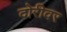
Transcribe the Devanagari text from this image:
दोरीवर